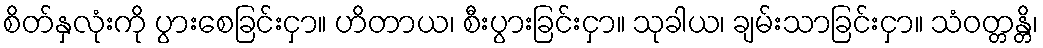
စိတ်နှလုံးကို ပွားစေခြင်းငှာ။ ဟိတာယ၊ စီးပွားခြင်းငှာ။ သုခါယ၊ ချမ်းသာခြင်းငှာ။ သံဝတ္တန္တိ၊